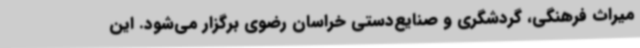
میراث فرهنگی، گردشگری و صنایع‌دستی خراسان رضوی برگزار می‌شود. این